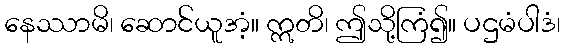
နေဿာမိ၊ ဆောင်ယူအံ့။ ဣတိ၊ ဤသို့ကြံ၍။ ပဌမံပါဒံ၊